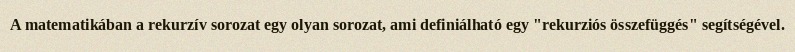
A matematikában a rekurzív sorozat egy olyan sorozat, ami definiálható egy "rekurziós összefüggés" segítségével.